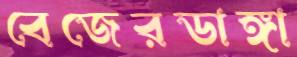
বেজেরডাঙ্গা